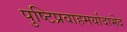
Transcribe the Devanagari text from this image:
पुष्टिप्रवाहमर्यादाभेद